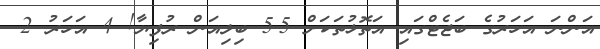
އަންނަ އަހަރުގެ ބަޖެޓްގައި އަތޮޅުތަކަށް 5.5 ބިލިއަން ރުފިޔާ! 4 އަހަރު 2